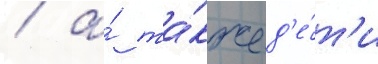
/ а́ та́кже д'е́т'и